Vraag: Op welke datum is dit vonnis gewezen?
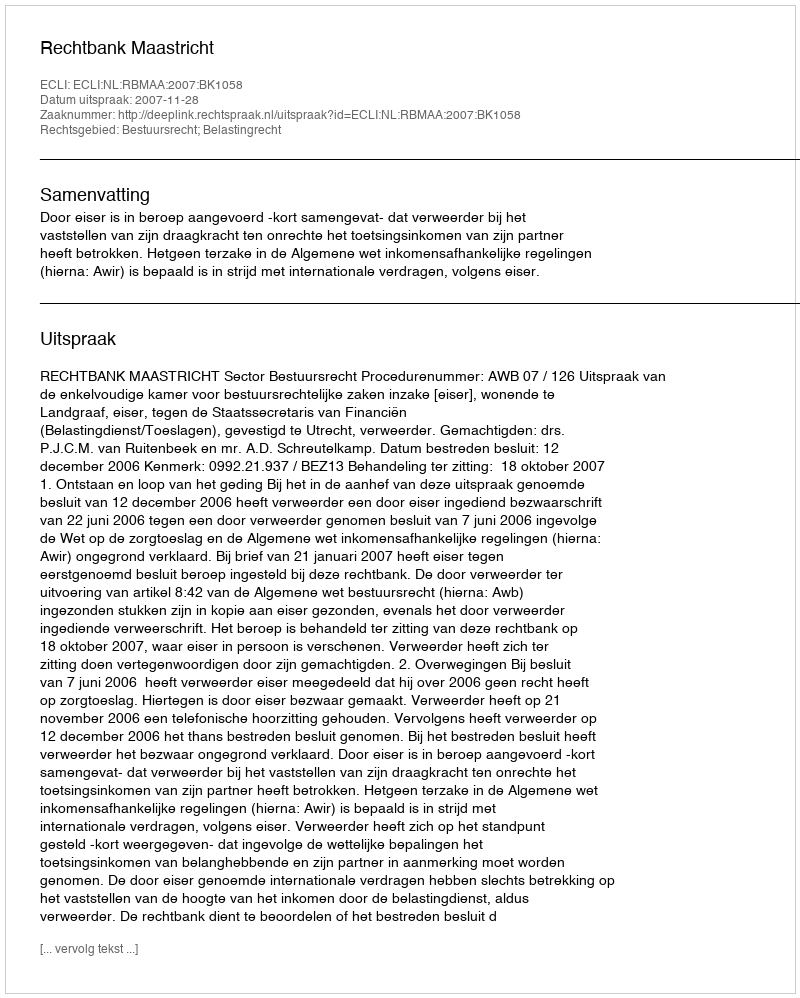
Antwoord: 2007-11-28